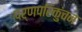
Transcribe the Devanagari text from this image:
पर्णपरिकुंचन